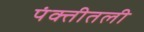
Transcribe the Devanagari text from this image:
पंक्तीतली